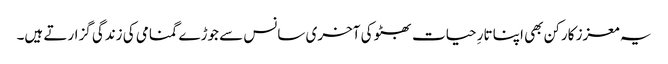
یہ معزز کارکن بھی اپنا تارِ حیات بھٹو کی آخری سانس سے جوڑے گمنامی کی زندگی گزارتے ہیں۔